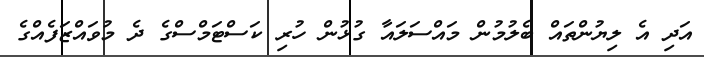
އަދި އެ ލިޔުންތައް ބެލުމުން މައްސަލައާ ގުޅުން ހުރި ކަސްޓަމްސްގެ ދެ މުވައްޒަފެއްގެ